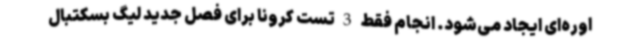
اوره‌ای ایجاد می‌شود. انجام فقط 3 تست کرونا برای فصل جدید لیگ بسکتبال